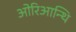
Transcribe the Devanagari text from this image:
ओरिआन्थि